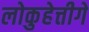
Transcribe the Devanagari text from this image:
लोकुहेत्तीगे